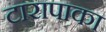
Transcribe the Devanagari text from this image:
टारापाका